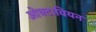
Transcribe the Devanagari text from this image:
ओक्टावियन